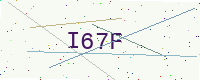
Text: I67F